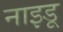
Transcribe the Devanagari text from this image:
नाइडू